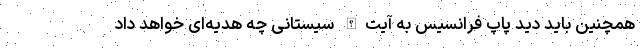
همچنین باید دید پاپ فرانسیس به آیت‌الله سیستانی چه هدیه‌ای خواهد داد